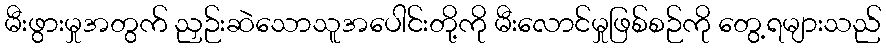
မီးဖွားမှုအတွက် ညှဉ်းဆဲသောသူအပေါင်းတို့ကို မီးလောင်မှုဖြစ်စဉ်ကို တွေ့ရများသည်